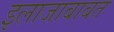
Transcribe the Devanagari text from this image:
इलाजाबाबत